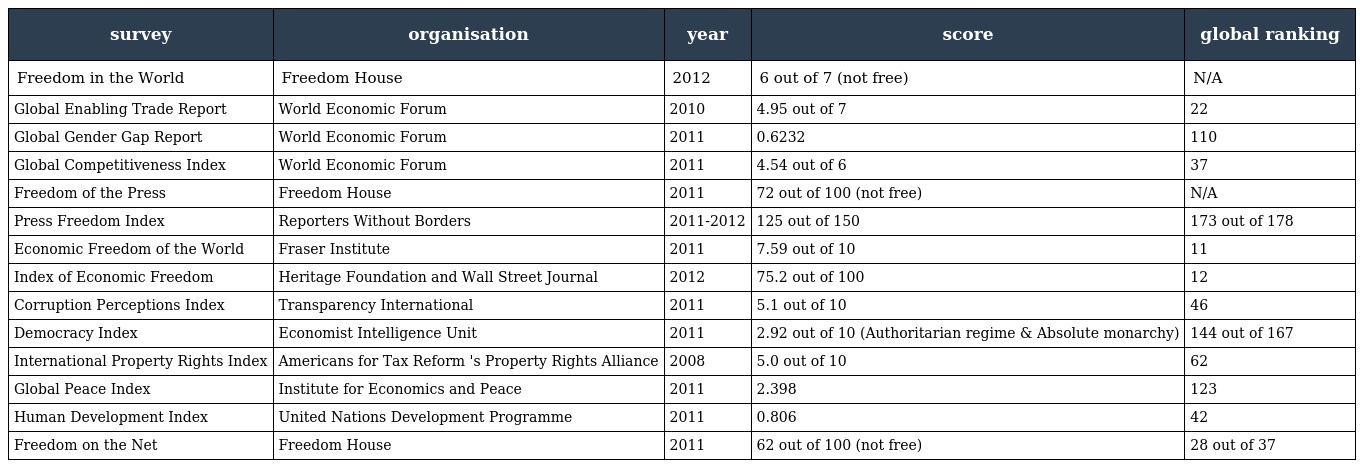
| survey | organisation | year | score | global ranking |
 | --- | --- | --- | --- | --- |
 | Freedom in the World | Freedom House | 2012 | 6 out of 7 (not free) | N/A |
 | Global Enabling Trade Report | World Economic Forum | 2010 | 4.95 out of 7 | 22 |
 | Global Gender Gap Report | World Economic Forum | 2011 | 0.6232 | 110 |
 | Global Competitiveness Index | World Economic Forum | 2011 | 4.54 out of 6 | 37 |
 | Freedom of the Press | Freedom House | 2011 | 72 out of 100 (not free) | N/A |
 | Press Freedom Index | Reporters Without Borders | 2011-2012 | 125 out of 150 | 173 out of 178 |
 | Economic Freedom of the World | Fraser Institute | 2011 | 7.59 out of 10 | 11 |
 | Index of Economic Freedom | Heritage Foundation and Wall Street Journal | 2012 | 75.2 out of 100 | 12 |
 | Corruption Perceptions Index | Transparency International | 2011 | 5.1 out of 10 | 46 |
 | Democracy Index | Economist Intelligence Unit | 2011 | 2.92 out of 10 (Authoritarian regime & Absolute monarchy) | 144 out of 167 |
 | International Property Rights Index | Americans for Tax Reform 's Property Rights Alliance | 2008 | 5.0 out of 10 | 62 |
 | Global Peace Index | Institute for Economics and Peace | 2011 | 2.398 | 123 |
 | Human Development Index | United Nations Development Programme | 2011 | 0.806 | 42 |
 | Freedom on the Net | Freedom House | 2011 | 62 out of 100 (not free) | 28 out of 37 |